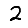
Digit: 2